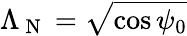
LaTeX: \Lambda_{\mathrm{~N~}}=\sqrt{\cos\psi_{0}}